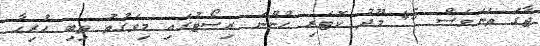
ޖާގަ ތަނަވަސް 45 މޫދު ކޮޓަރި ހުންނަ ރިސޯޓުގައި މިވަގުތު ތިބި ހުރިހާ